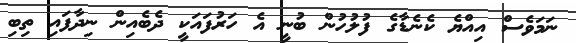
ނަމަވެސް އިއްޔެ ކެނެޑާގެ ފުލުހުން ބުނީ އެ ހަރުފައަކީ ދެބެއިން ނިދާފައި ތިބި